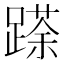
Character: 𮜌